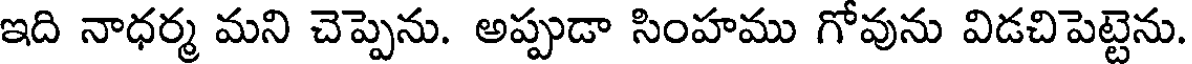
ఇది నాధర్మ మని చెప్పెను. అప్పుడా సింహము గోవును విడచిపెట్టెను.